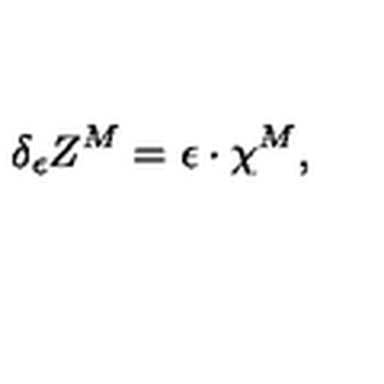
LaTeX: \delta _ { \epsilon } Z ^ { M } = \epsilon \cdot \chi ^ { M } ,